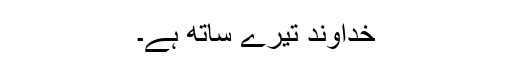
خُداوند تیرے ساتھ ہے۔